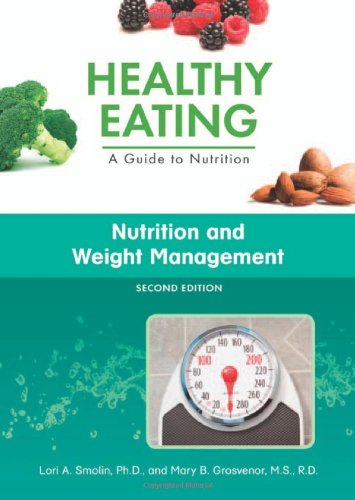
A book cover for Nutrition and Weight Management (Healthy Eating: a Guide to Nutrition); Lori A. Smolin; Teen & Young Adult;